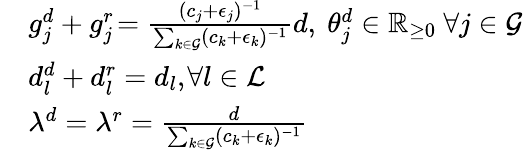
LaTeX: \begin{array}{rl}&{g_{j}^{d}+g_{j}^{r}\! =\frac{(c_{j}+\epsilon_{j})^{-1}}{\sum_{k\in\mathcal{G}}(c_{k}+\epsilon_{k})^{-1}}d,\ \theta_{j}^{d}\in\mathbb{R}_{\ge 0}\ \forall j\in\mathcal{G}}\\ &{d_{l}^{d}+d_{l}^{r}=d_{l},\ \! \! \forall l\in\mathcal{L}}\\ &{\lambda^{d}=\lambda^{r}=\frac{d}{\sum_{k\in\mathcal{G}}(c_{k}+\epsilon_{k})^{-1}}}\end{array}